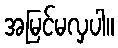
အမြင်မလှပါ။